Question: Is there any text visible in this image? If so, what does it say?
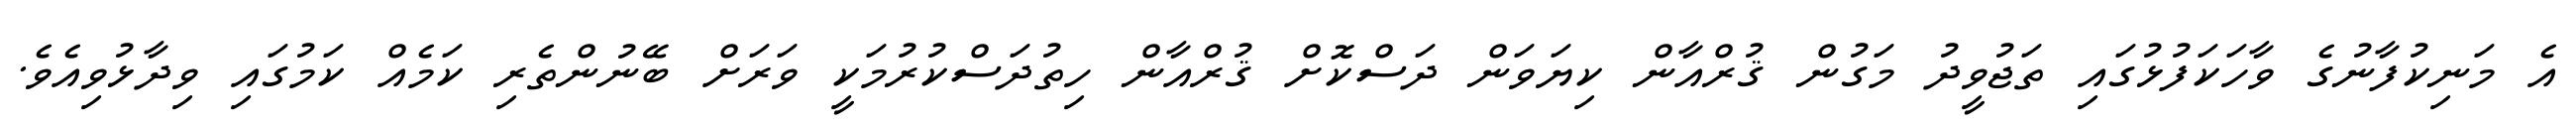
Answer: އެ މަނިކުފާނުގެ ވާހަކަފުޅުގައި ތަޖުވީދު މަގުން ޤުރްއާން ކިޔަވަން ދަސްކޮށް ޤުރްއާން ހިތުދަސްކުރުމަކީ ވަރަށް ބޭނުންތެރި ކަމެއް ކަމުގައި ވިދާޅުވިއެވެ.